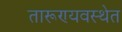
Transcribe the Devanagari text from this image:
तारूण्यवस्थेत